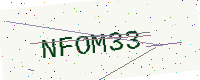
Text: NFOM33